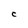
Character: C